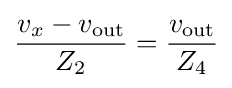
{\frac {v_{x}-v_{\text{out}}}{Z_{2}}}={\frac {v_{\text{out}}}{Z_{4}}}